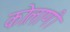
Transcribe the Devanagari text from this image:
कोलाणी